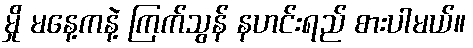
မှို မနေ့ကနဲ့ ကြက်သွန် နဟင်းရည် စားပါမယ်။